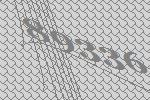
89336